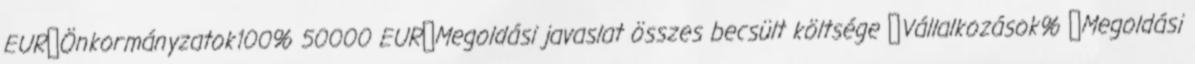
EUR▪Önkormányzatok100% 50000 EUR▪Megoldási javaslat összes becsült költsége ▪Vállalkozások% ▪Megoldási